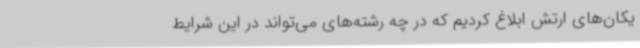
یکان‌های ارتش ابلاغ کردیم که در چه رشته‌های می‌تواند در این شرایط